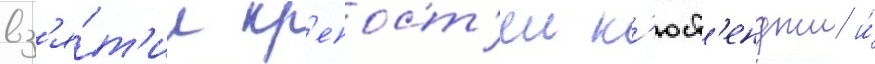
вз'я́т'ии кр'епост'еи к'юст'енджи и́